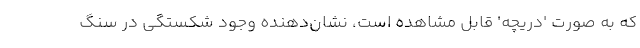
که به صورت 'دریچه' قابل مشاهده است، نشان‌دهنده وجود شکستگی در سنگ